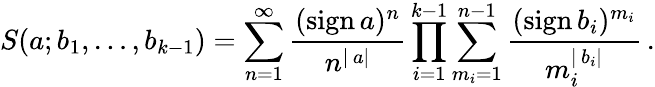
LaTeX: S(a;b_{1},\ldots,b_{k-1})=\sum_{n=1}^{\infty}\frac{(\mathrm{sign}\, a)^{n}}{n^{|\, a|}}\prod_{i=1}^{k-1}\sum_{m_{i}=1}^{n-1}\frac{(\mathrm{sign}\, b_{i})^{m_{i}}}{m_{i}^{|\, b_{i}|}}\, .